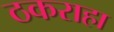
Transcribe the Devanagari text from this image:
ठकराहा